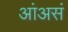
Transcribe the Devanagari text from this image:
आंअसं